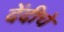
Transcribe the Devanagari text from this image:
देंदीचे